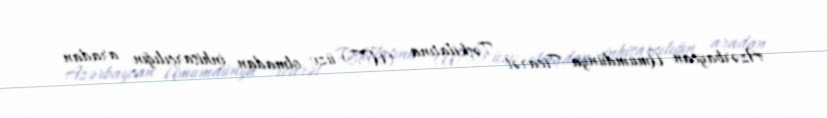
Azərbaycan Ümumdünya Ticarət Təşkilatına (ÜTT) üzv olmadan inhisarçılığın aradan